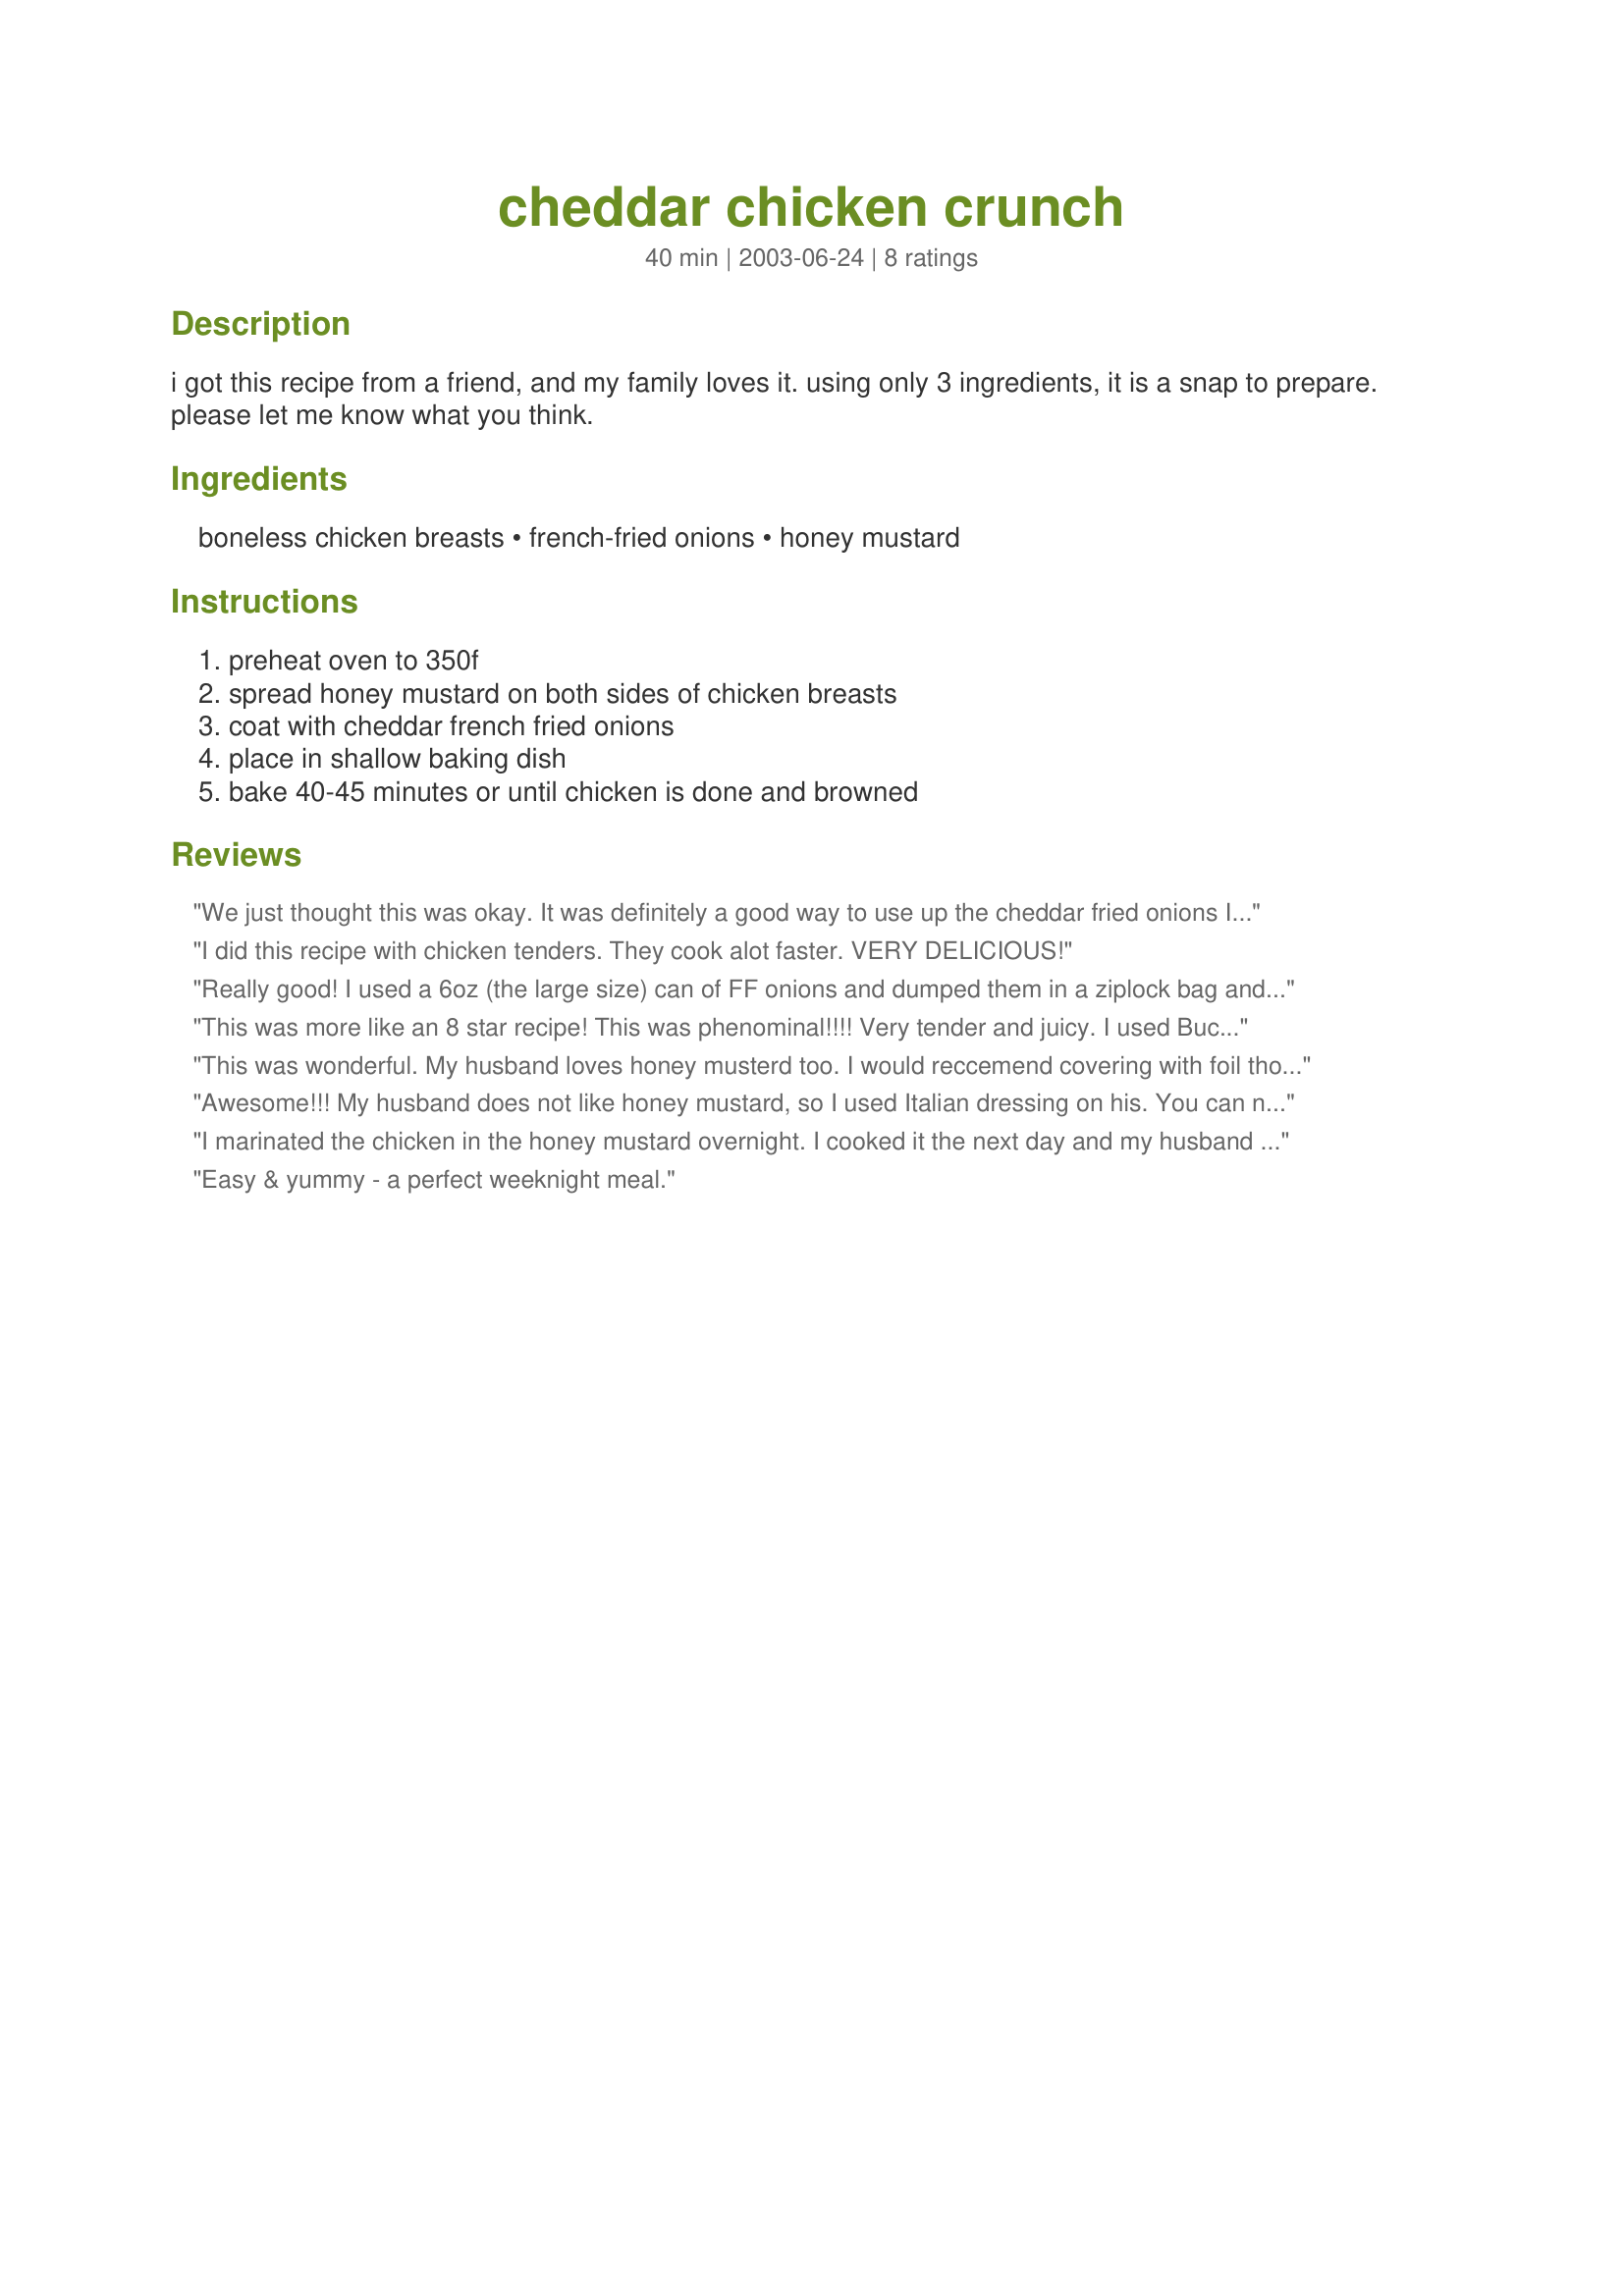
cheddar chicken crunch
Preparation time: 40 minutes

i got this recipe from a friend, and my family loves it. using only 3 ingredients, it is a snap to prepare. please let me know what you think.

Ingredients:
boneless chicken breasts, french-fried onions, honey mustard

Steps:
preheat oven to 350f, spread honey mustard on both sides of chicken breasts, coat with cheddar french fried onions, place in shallow baking dish, bake 40-45 minutes or until chicken is done and browned

Reviews:
We just thought this was okay. It was definitely a good way to use up the cheddar fried onions I'd been holding onto since the beginning of time, but it just didn't do it for us. It was certainly easy to prepare, however, and the chicken really did turn out nice and moist. The tinfoil idea from other reviewers worked nicely to curtail excessive browning. I ended up turning the leftover chicken breasts into a chicken salad (#16134) because I knew we'd never finish it. I would recommend trying it since everyone else seems to have loved it.
I did this recipe with chicken tenders. They cook alot faster. VERY DELICIOUS!
Really good! I used a 6oz (the large size) can of FF onions and dumped them in a ziplock bag and rolled over the bag with a rolling pin to crush them up. Then I just dropped the mustard-coated chicken breasts into the bag to bread them. I also baked these with foil over the top to keep them from overbrowning. Very easy and tasty! Thanks for sharing.
This was more like an 8 star recipe! This was phenominal!!!! Very tender and juicy. I used Buckwheat honey, which is dark and molassassy (?!) with a whole grain mustard. I also suggest using latex gloves to do all this, as it's the easiest clean up. I use them all the time for sticky or doughy recipe's. I just pull them off when I'm done and I don't have to deal with the stuff under my nails and all. Just a sugg. At any rate, keep an eye on the onions towards the end to prevent them from burning. I made mine on cookie sheets. THANK you for sharing this SUPERB recipe! LA :-)
This was wonderful. My husband loves honey musterd too. I would reccemend covering with foil though.
Awesome!!! My husband does not like honey mustard, so I used Italian dressing on his. You can not really taste either dressing, but the chicken is great.
I marinated the chicken in the honey mustard overnight. I cooked it the next day and my husband said it was the most tender and flavorful chicken he's ever had. It was excellent and easy.
Easy & yummy - a perfect weeknight meal.
